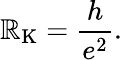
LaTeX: \mathbb{R}_{\mathrm{{K}}}={\frac{{h}}{{e^{2}}}}.